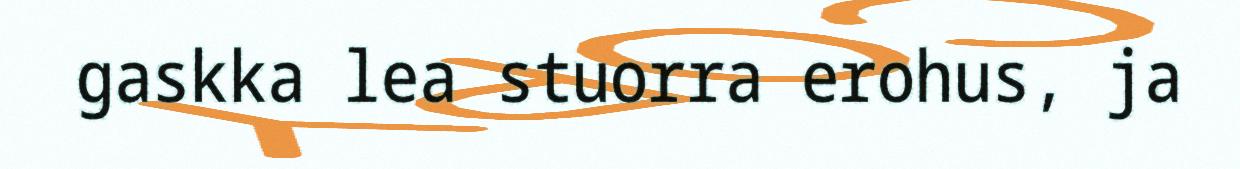
gaskka lea stuorra erohus, ja